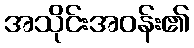
အသိုင်းအဝန်း၏